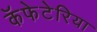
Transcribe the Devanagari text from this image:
कॅफेटेरिया